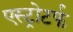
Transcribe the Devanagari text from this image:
एस्ट्रोटर्फ